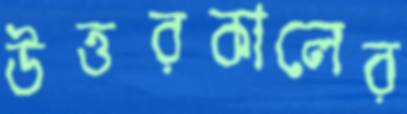
উত্তরকালের